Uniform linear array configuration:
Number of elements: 48
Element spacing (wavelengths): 1
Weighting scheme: hamming
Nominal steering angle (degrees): -15
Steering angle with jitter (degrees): -14.665
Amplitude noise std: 0.05
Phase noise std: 0.05

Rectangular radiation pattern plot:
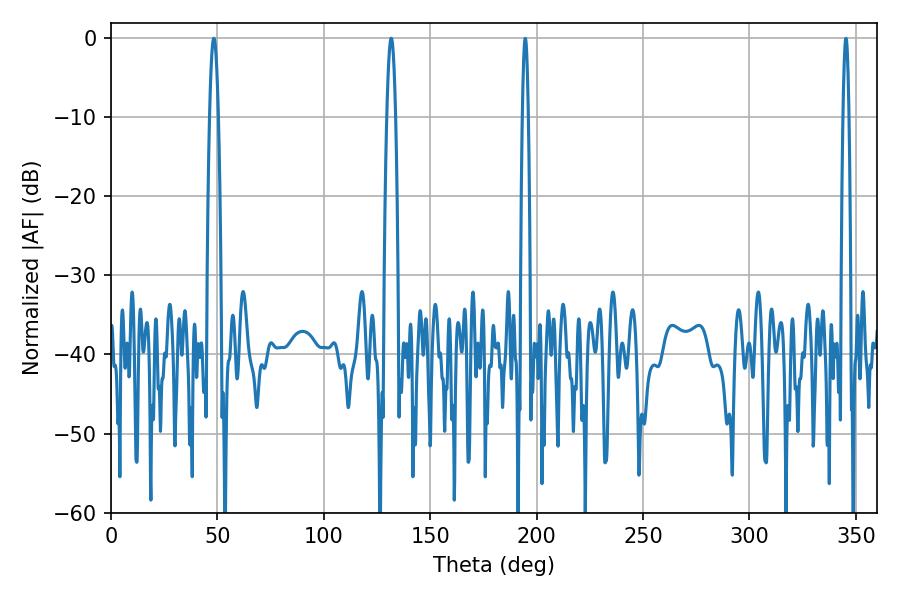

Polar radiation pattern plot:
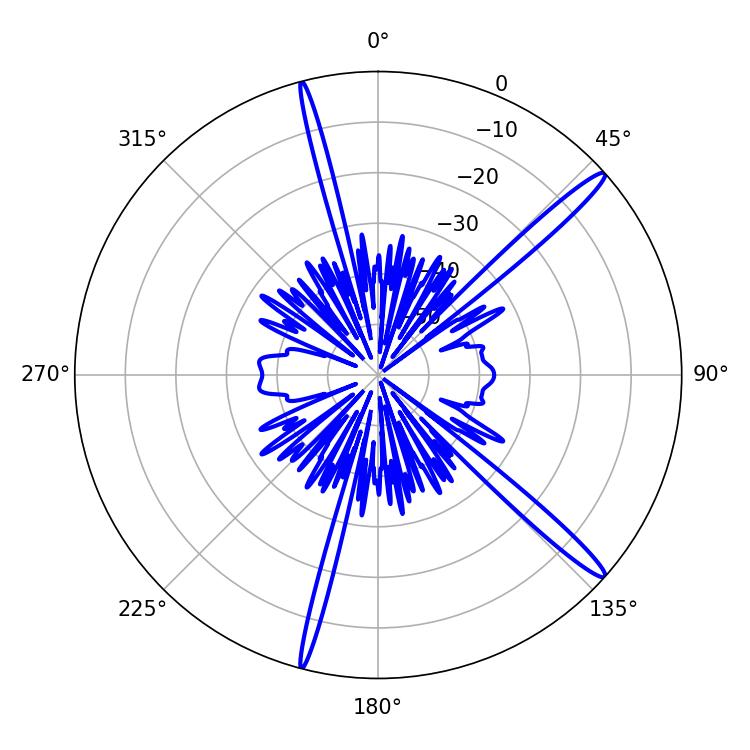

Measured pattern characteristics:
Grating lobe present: TRUE
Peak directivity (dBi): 16.037
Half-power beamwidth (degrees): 2.34
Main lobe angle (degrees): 131.76